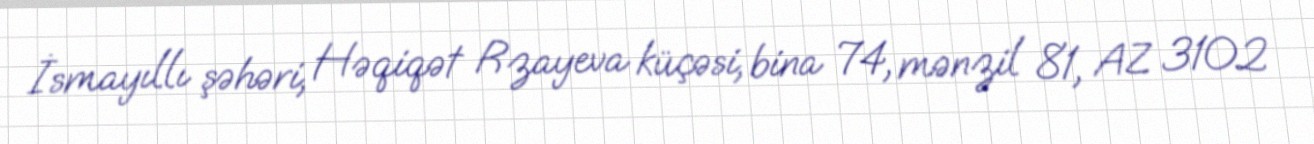
İsmayıllı şəhəri, Həqiqət Rzayeva küçəsi, bina 74, mənzil 81, AZ 3102